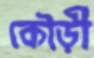
কৌড়ী